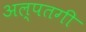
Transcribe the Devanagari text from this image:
अल्पतगी